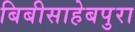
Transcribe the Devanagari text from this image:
बिबीसाहेबपुरा